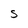
Character: s